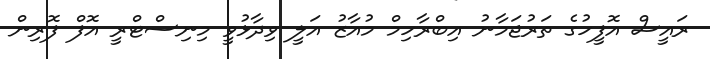
ރައީސް އޮފީހުގެ ތަރުޖަމާނު އިބްރާހިމް މުއާޒު އަލީ ވިދާޅުވީ މިނިސްޓްރީ އޮފް ފޮރިން